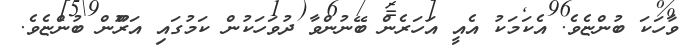
ވާހަކަ ބުންޏެވެ. އެކަމަކު އެއީ އަހަރެން ބޭނުންވާ ދުވަހަކުން ކަމުގައި އަރޫްން ބުންޏެވެ.